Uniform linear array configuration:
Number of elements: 48
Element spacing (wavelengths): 1
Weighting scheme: uniform
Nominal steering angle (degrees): -60
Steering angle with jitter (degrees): -60.145
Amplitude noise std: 0.05
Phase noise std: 0.05

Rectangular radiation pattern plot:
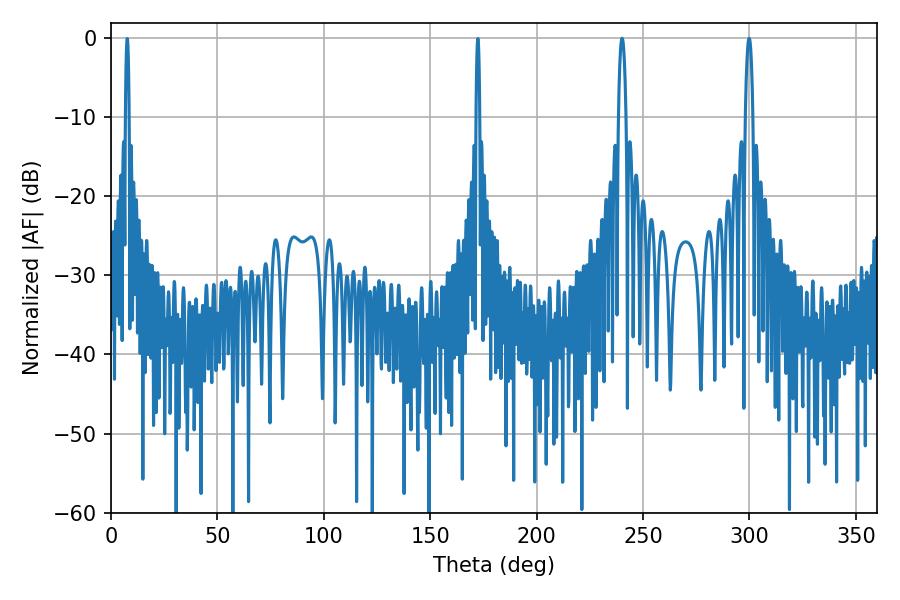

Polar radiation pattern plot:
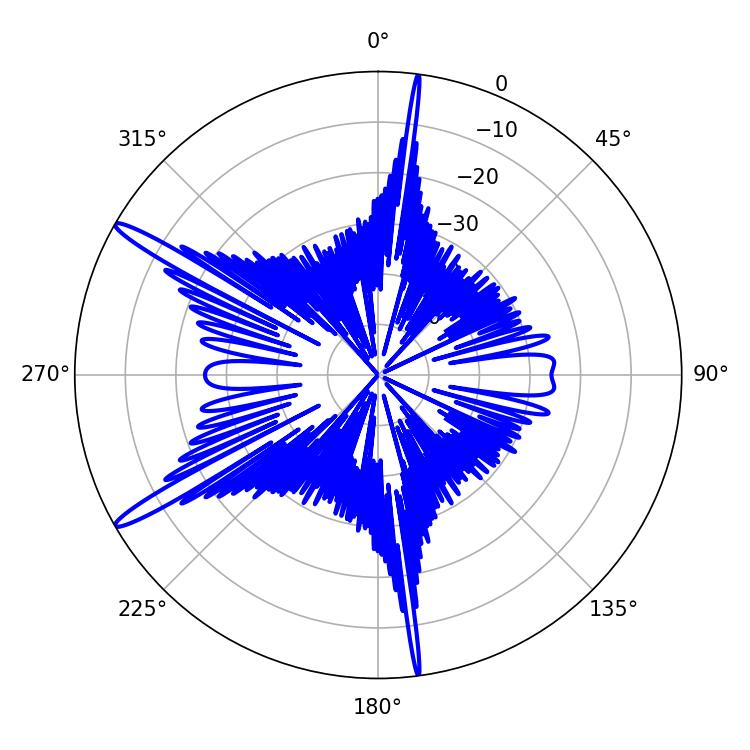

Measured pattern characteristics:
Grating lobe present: TRUE
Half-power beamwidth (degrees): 1.98
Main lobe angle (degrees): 240.12